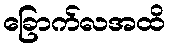
ခြောက်လအထိ